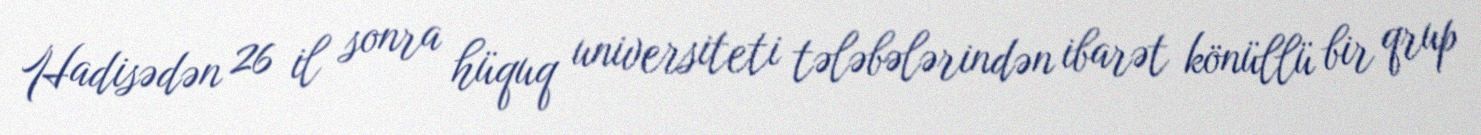
Hadisədən 26 il sonra hüquq universiteti tələbələrindən ibarət könüllü bir qrup